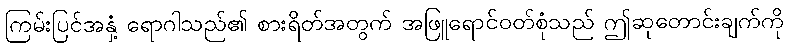
ကြမ်းပြင်အနှံ့ ရောဂါသည်၏ စားရိတ်အတွက် အဖြူရောင်ဝတ်စုံသည် ဤဆုတောင်းချက်ကို